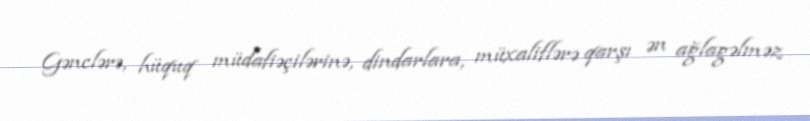
Gənclərə, hüquq müdafiəçilərinə, dindarlara, müxaliflərə qarşı ən ağlagəlməz